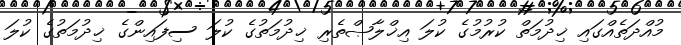
މުއްދަތެއްގައި ޚިދުމަތް ކުރުމުގެ ކުލަ އިޚްލާޞްތެރި ޚިދުމަތުގެ ކުލަ ސިފައިންގެ ޚިދުމަތުގެ ކުލަ